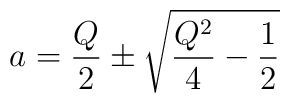
a=\frac{Q}{2}\pm \sqrt{\frac{Q^2}{4}-\frac{1}{2}}